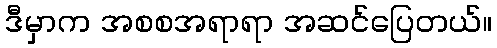
ဒီမှာက အစစအရာရာ အဆင်ပြေတယ်။